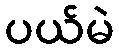
ပယ်မဲ